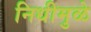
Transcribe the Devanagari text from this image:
निधीमुळे